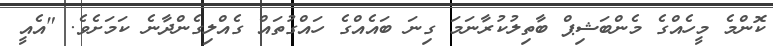
ކޮންމެ މީހެއްގެ މެންބަޝިޕް ބާތިލުކުރާނަމަ ގިނަ ބައެއްގެ ހައްގުތައް ގެއްލިގެންދާނެ ކަމަށެވެ. "އެއީ